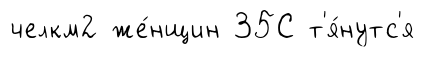
челкм2 же́нщин 35С т'я́нутс'я